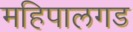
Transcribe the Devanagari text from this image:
महिपालगड